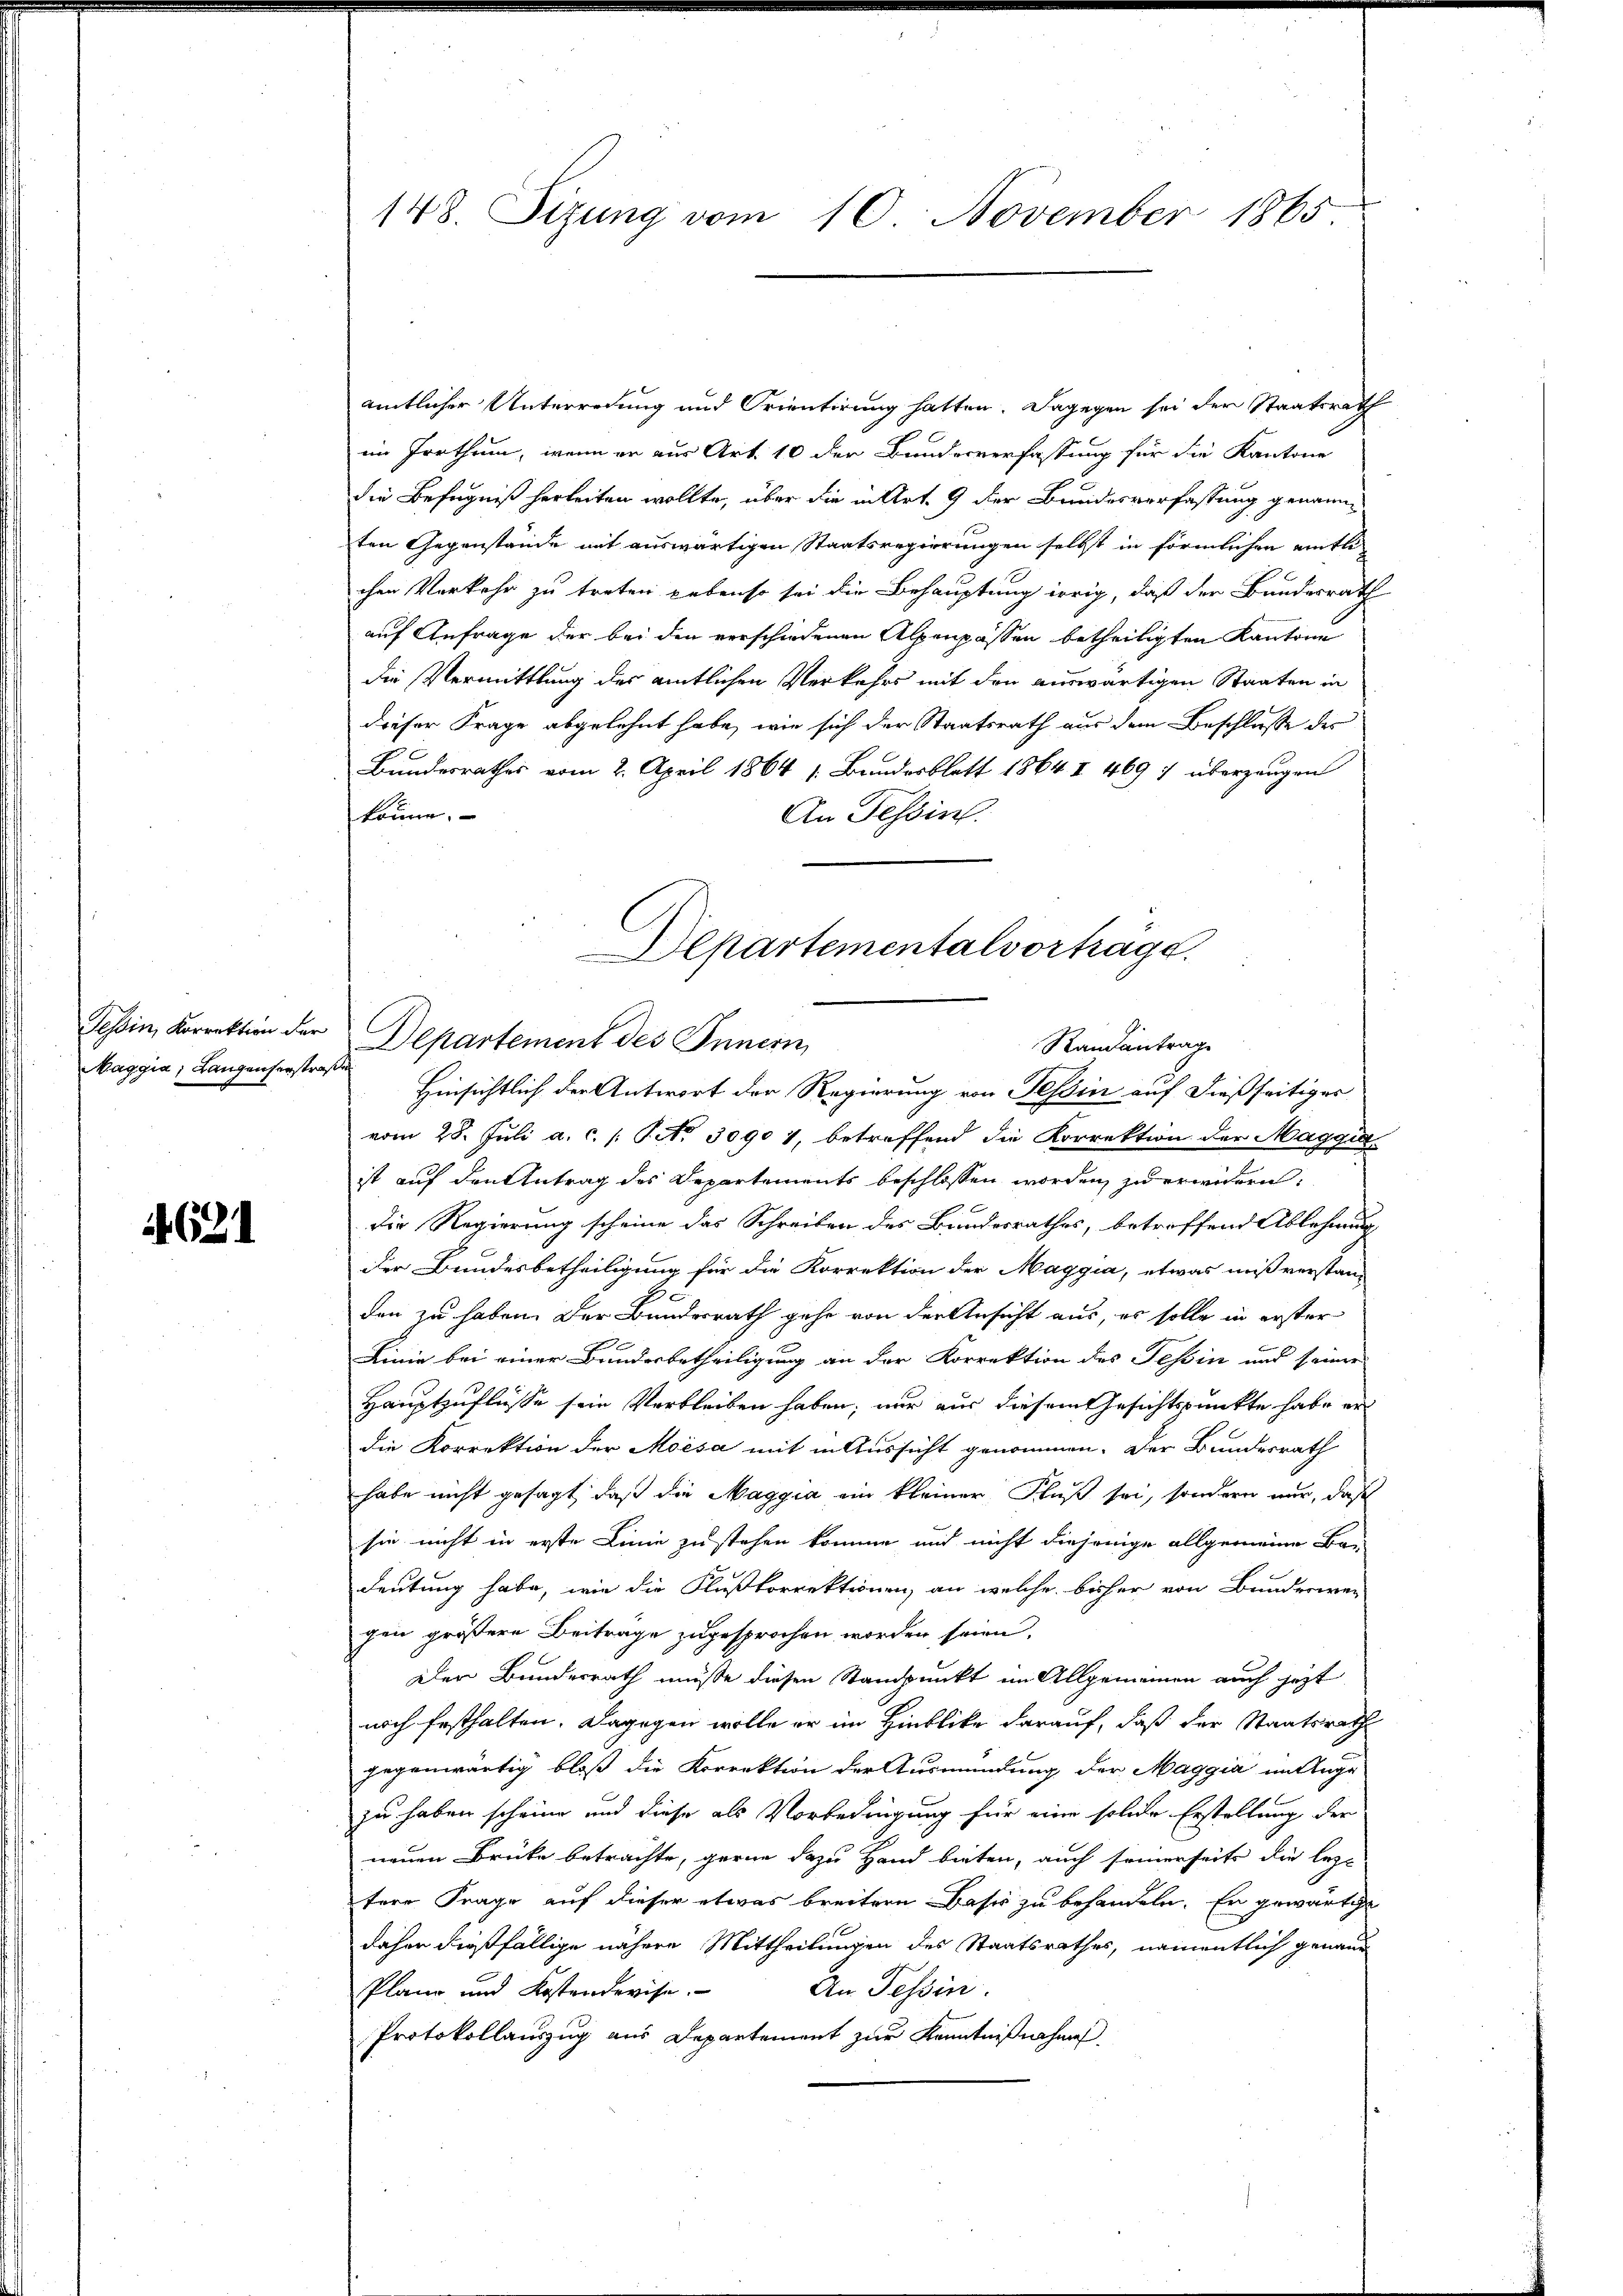
Tessin, Korrektion der
Maggia, Langenserstraße

4621

148. Sizung vom 10. November 1865

amtlicher Unterredung und Orientirung hatten. Dagegen sei der Staatsrath
en Forthum, wenn er aus Art. 10 der Bundesverfassung für die Kantone
die Befugniß herbeiten wollte, über die in Art. 9 der Bundesverfassung genannten Gegenstände mit auswärtigen Staatsregierungen selbst in förmlichen amtli-
chen Verkehr zu treten lebenso sei die Behauptung irrig, daß der Bundesrath
auf Anfrage der bei den verschiedenen Alpenpassen betheiligten Kantone
die Vermittlung des amtlichen Verkehrs mit den auswärtigen Staaten in
dieser Frage abgelehnt habe, wie sich der Staatsrath aus dem Beschlusse der
Bundesrathes vom 2. April 1864 1. Bundesblatt 1864 I 469 : überzeugen
könne.
An Tessin.
Departementalvortrage.

Departement des Innern,
Randantrag
Hinsichtlich der Antwort der Regierung von Tessin auf dießseitiges

vom 28. Juli a. c. s. S. 30901, betreffend die Korrektion der Maggi
ist auf den Antrag des Departements beschlossen worden zu erwidern.
Die Regierung scheine das Schreiben des Bundesrathes, betroffend Ablehnung
der Bundesbetheiligung für die Korrektion der Maggia, etwas mißverstan
E
den zu haben. Der Bundesrath gehe von der Ansicht aus, es solle in erster
Linie bei einer Bunderbetheiligung an der Korrektion des Tessin und seiner
Hauptzuflüsse sein Verbleiben haben; nur aus diesem Gesichtspunkte habe er
die Korrektion der Moisa mit in Aussicht genommen. Der Bundesrath
habe nicht gesagt, daß die Maggia ein kleiner Fluß sei, sondern nur, daß
sie nicht in erste Linie zu stehen komme und nicht diejenige allgemeine Be-
deutung habe, wie die Flußkorrektionen, an welche bisher von Bunderwen
gen größere Beitrage zugesprochen worden seien.
Den Bundesrath müsse diesen Standpunkt im Allgemeinen auch jetzt
noch festhalten. Dagegen wolle er im Hinblicke darauf, daß der Staatsrath
gegenwärtig bloß die Korrektion der Ausmündung, der Maggia in Auge
zu haben scheine und diese als Vorbedingung für eine solche Erstellung der
neuen Brücke betrachte, gerne dazu Hand bieten, auch seinerseits die lezt
tere Frage auf dieser etwas breitern Basis zu behandeln. Er gewärtige
daher dießfällige nähere Mittheilungen des Staatsrathes, namentlich genaue
An Tessin.
Plane und Kostendevise.
Protokollauszug aus Departement zur Kenntnißnahme